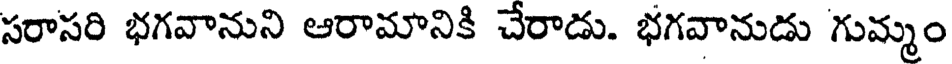
సరాసరి భగవానుని ఆరామానికి చేరాడు. భగవానుడు గుమ్మం